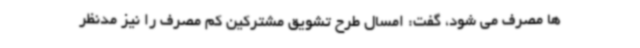
ها مصرف می شود، گفت: امسال طرح تشویق مشترکین کم مصرف را نیز مدنظر